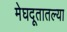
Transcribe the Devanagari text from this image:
मेघदूतातल्या